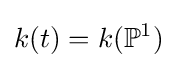
k(t)=k(\mathbb {P} ^{1})